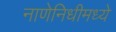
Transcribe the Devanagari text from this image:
नाणेनिधीमध्ये